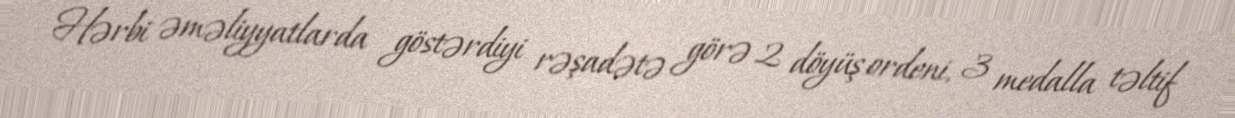
Hərbi əməliyyatlarda göstərdiyi rəşadətə görə 2 döyüş ordeni, 3 medalla təltif